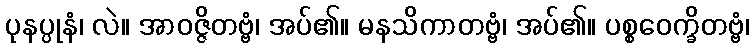
ပုနပ္ပုနံ၊ လဲ။ အာဝဇ္ဇိတဗ္ဗံ၊ အပ်၏။ မနသိကာတဗ္ဗံ၊ အပ်၏။ ပစ္စဝေက္ခိတဗ္ဗံ၊